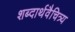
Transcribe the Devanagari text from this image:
शब्दार्थवैचित्र्य